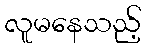
လူမနေသည့်